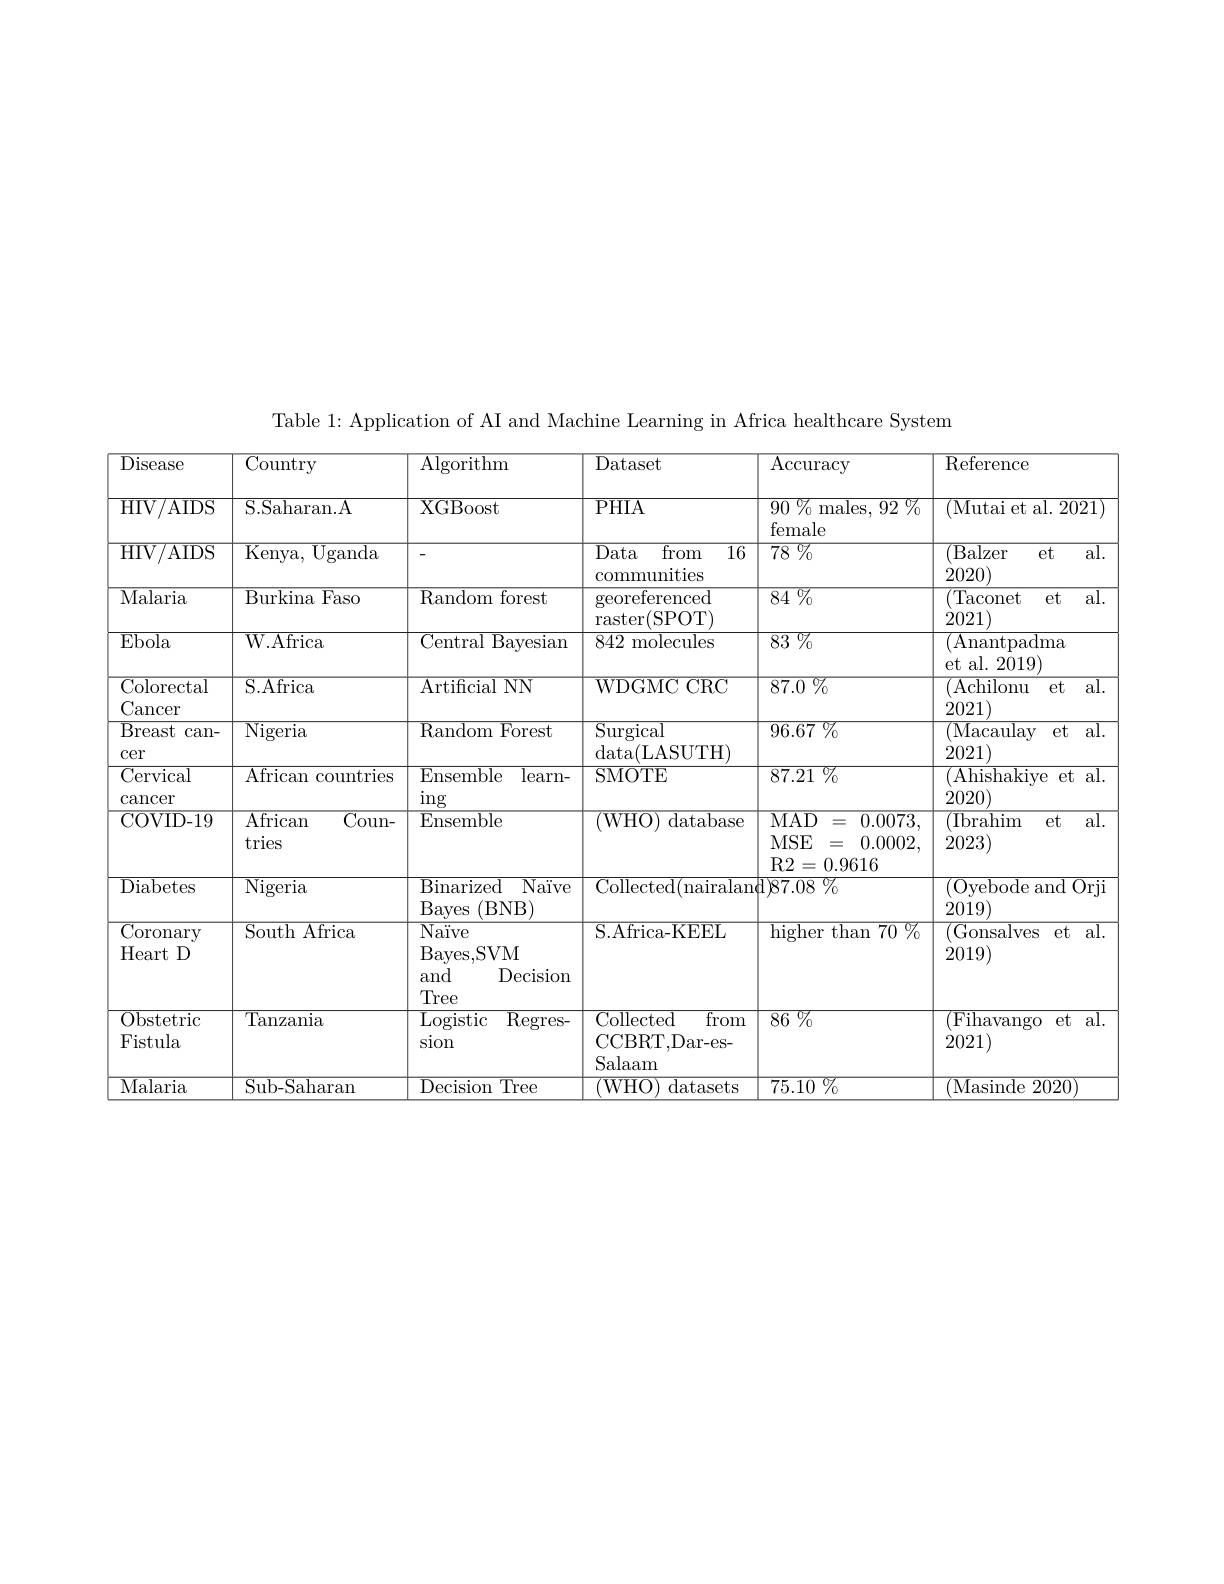
Table 1: Application of AI and Machine Learning in Africa healthcare System

<table>
	<tbody>
		<tr>
			<th>Disease</th>
			<th>Country</th>
			<th>Algorithm</th>
			<th>Dataset</th>
			<th>$\operatorname{Accuracy}$</th>
			<th>Reference</th>
		</tr>
		<tr>
			<td>${\overline{{\mathrm{HIV/AIDS}}}}$</td>
			<td>S.Saharan.A</td>
			<td>XGBoost</td>
			<td>PHIA</td>
			<td>$\overline{90\%}$ ${\overline{{\mathrm{males,~92~}\%}}}$ female</td>
			<td>(Mutai et al. 2021</td>
		</tr>
		<tr>
			<td>${\overline{{\mathrm{HIV/AIDS}}}}$</td>
			<td>Kenya,  Uganda</td>
			<td> </td>
			<td>Data $\overline{\mathrm{from}}$ 16 communities</td>
			<td>$\overline{78\:\%}$</td>
			<td>(Balzer et $\overline{{\mathrm{al}}}.$ 2020)</td>
		</tr>
		<tr>
			<td>Malaria</td>
			<td>$\overline{{\mathrm{Burkina~Faso}}}$</td>
			<td>Random forest</td>
			<td>georeferenced raster(SPOT)</td>
			<td>$\overline{84\%}$</td>
			<td>${\overline{{(\mathrm{Taconet})}}}$ et al 2021)</td>
		</tr>
		<tr>
			<td>$\overline{{\mathrm{Ebola}}}$</td>
			<td>$\overline{{\mathrm{W.Africa}}}$</td>
			<td>$\overline{{\mathrm{Central~Bayesian}}}$</td>
			<td>${\overline{842\mathrm{~molecules}}}$</td>
			<td>$\overline{83\:\%}$</td>
			<td>(Anantpadma et al. 2019)</td>
		</tr>
		<tr>
			<td>$\overline{{\mathrm{Colorectal}}}$ Cancer</td>
			<td>$\overline{{\mathrm{S.Africa}}}$</td>
			<td>Artificial NN</td>
			<td>WDGMCCRC</td>
			<td>$\overline{87.0\%}$</td>
			<td>(Achilonu $et$ al 2021)</td>
		</tr>
		<tr>
			<td>$\operatorname{Breast}$ $\operatorname{can-}$ cer</td>
			<td>$\overline{{\mathrm{Nigeria}}}$</td>
			<td>Random Forest</td>
			<td>$\overline{{\mathrm{Surgical}}}$ data( LASUTH) </td>
			<td>$\overline{96.67}\%$</td>
			<td>${\mathrm{(Macaulay}}$ $et$ $\overline{\mathrm{al}}.$ 2021)</td>
		</tr>
		<tr>
			<td>Cervical $\operatorname{cancer}$</td>
			<td>$\overline{{\mathrm{African~countries}}}$</td>
			<td>Ensemble $learn-$ ing</td>
			<td>SMOTE</td>
			<td>$\overline{87.21\:\%}$</td>
			<td>Ahishakiye $et$ al   2020)</td>
		</tr>
		<tr>
			<td>COVID-19</td>
			<td>$\mathop{\mathrm{African}}$ $\overline{\mathrm{Coun-}}$ tries</td>
			<td>Ensemble</td>
			<td>( WHO)  d database</td>
			<td>MAD $\overline{0.0073,}$ $MSE$ 三 0.0002. R2 $a_{1}$ =0.9616</td>
			<td>(Ibrahim al $et$ 2023)</td>
		</tr>
		<tr>
			<td>Diabetes</td>
			<td>$\overline{{\mathrm{Nigeria}}}$</td>
			<td>Binarized $\overline{\mathrm{Naïve}}$ (BNB) Bayes</td>
			<td>Collected(nairaland)</td>
			<td>$1)87.08\%$</td>
			<td>(Oyebode and $\overline{\mathrm{I~Orj}}$ 2019)</td>
		</tr>
		<tr>
			<td>${\overline{{\mathrm{Coronary}}}}$ Heart D</td>
			<td>South Africa</td>
			<td>$\overline{\text{Naïve}}$ Bayes, SVM and Decision Tree</td>
			<td>S.Africa-KEEL</td>
			<td>$\overline{\mathrm{higher~than~70~\%}}$</td>
			<td>(Gonsalves $et:$ al 1 2019)</td>
		</tr>
		<tr>
			<td>Obstetric Fistula</td>
			<td>Tanzania</td>
			<td>Logistic $\overline{\mathrm{Regres-}}$ sion</td>
			<td>Collected $\overline{\mathrm{from}}$ CCBRT, Dar- es-  Salaam</td>
			<td>$\overline{86\:\%}$</td>
			<td>${(\mathrm{Fihavango}}$ al $et$ 2021)</td>
		</tr>
		<tr>
			<td>Malaria</td>
			<td>Sub-Saharan</td>
			<td>Decision Tree </td>
			<td>WHO datasets</td>
			<td>75.10 $\overline{\Gamma\%}$</td>
			<td>( Masinde ${\mathrm{e~2020}}$</td>
		</tr>
	</tbody>
</table>